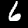
Label: 6